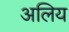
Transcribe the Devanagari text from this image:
अलिय